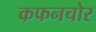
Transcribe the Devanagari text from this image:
कफनचोर